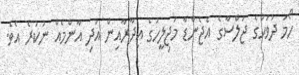
ހޯމަ ދުވަހުގެ ޖަލްސާގެ އެޖެންޑާ މަޖިލީހުގެ އިދާރާއިން އަދި އާންމެއް ނުކުރެ އެވެ.